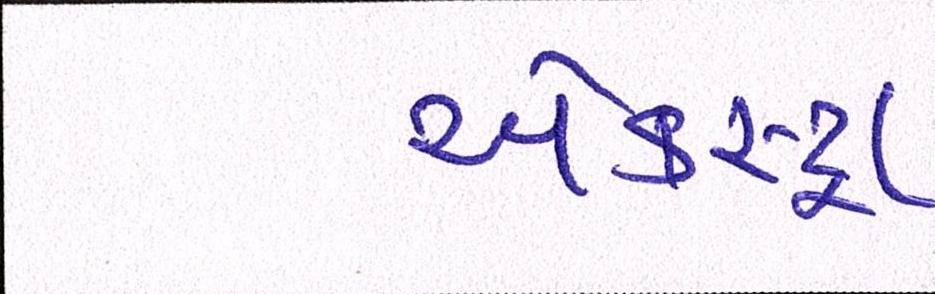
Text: એકસ્ટ્રા